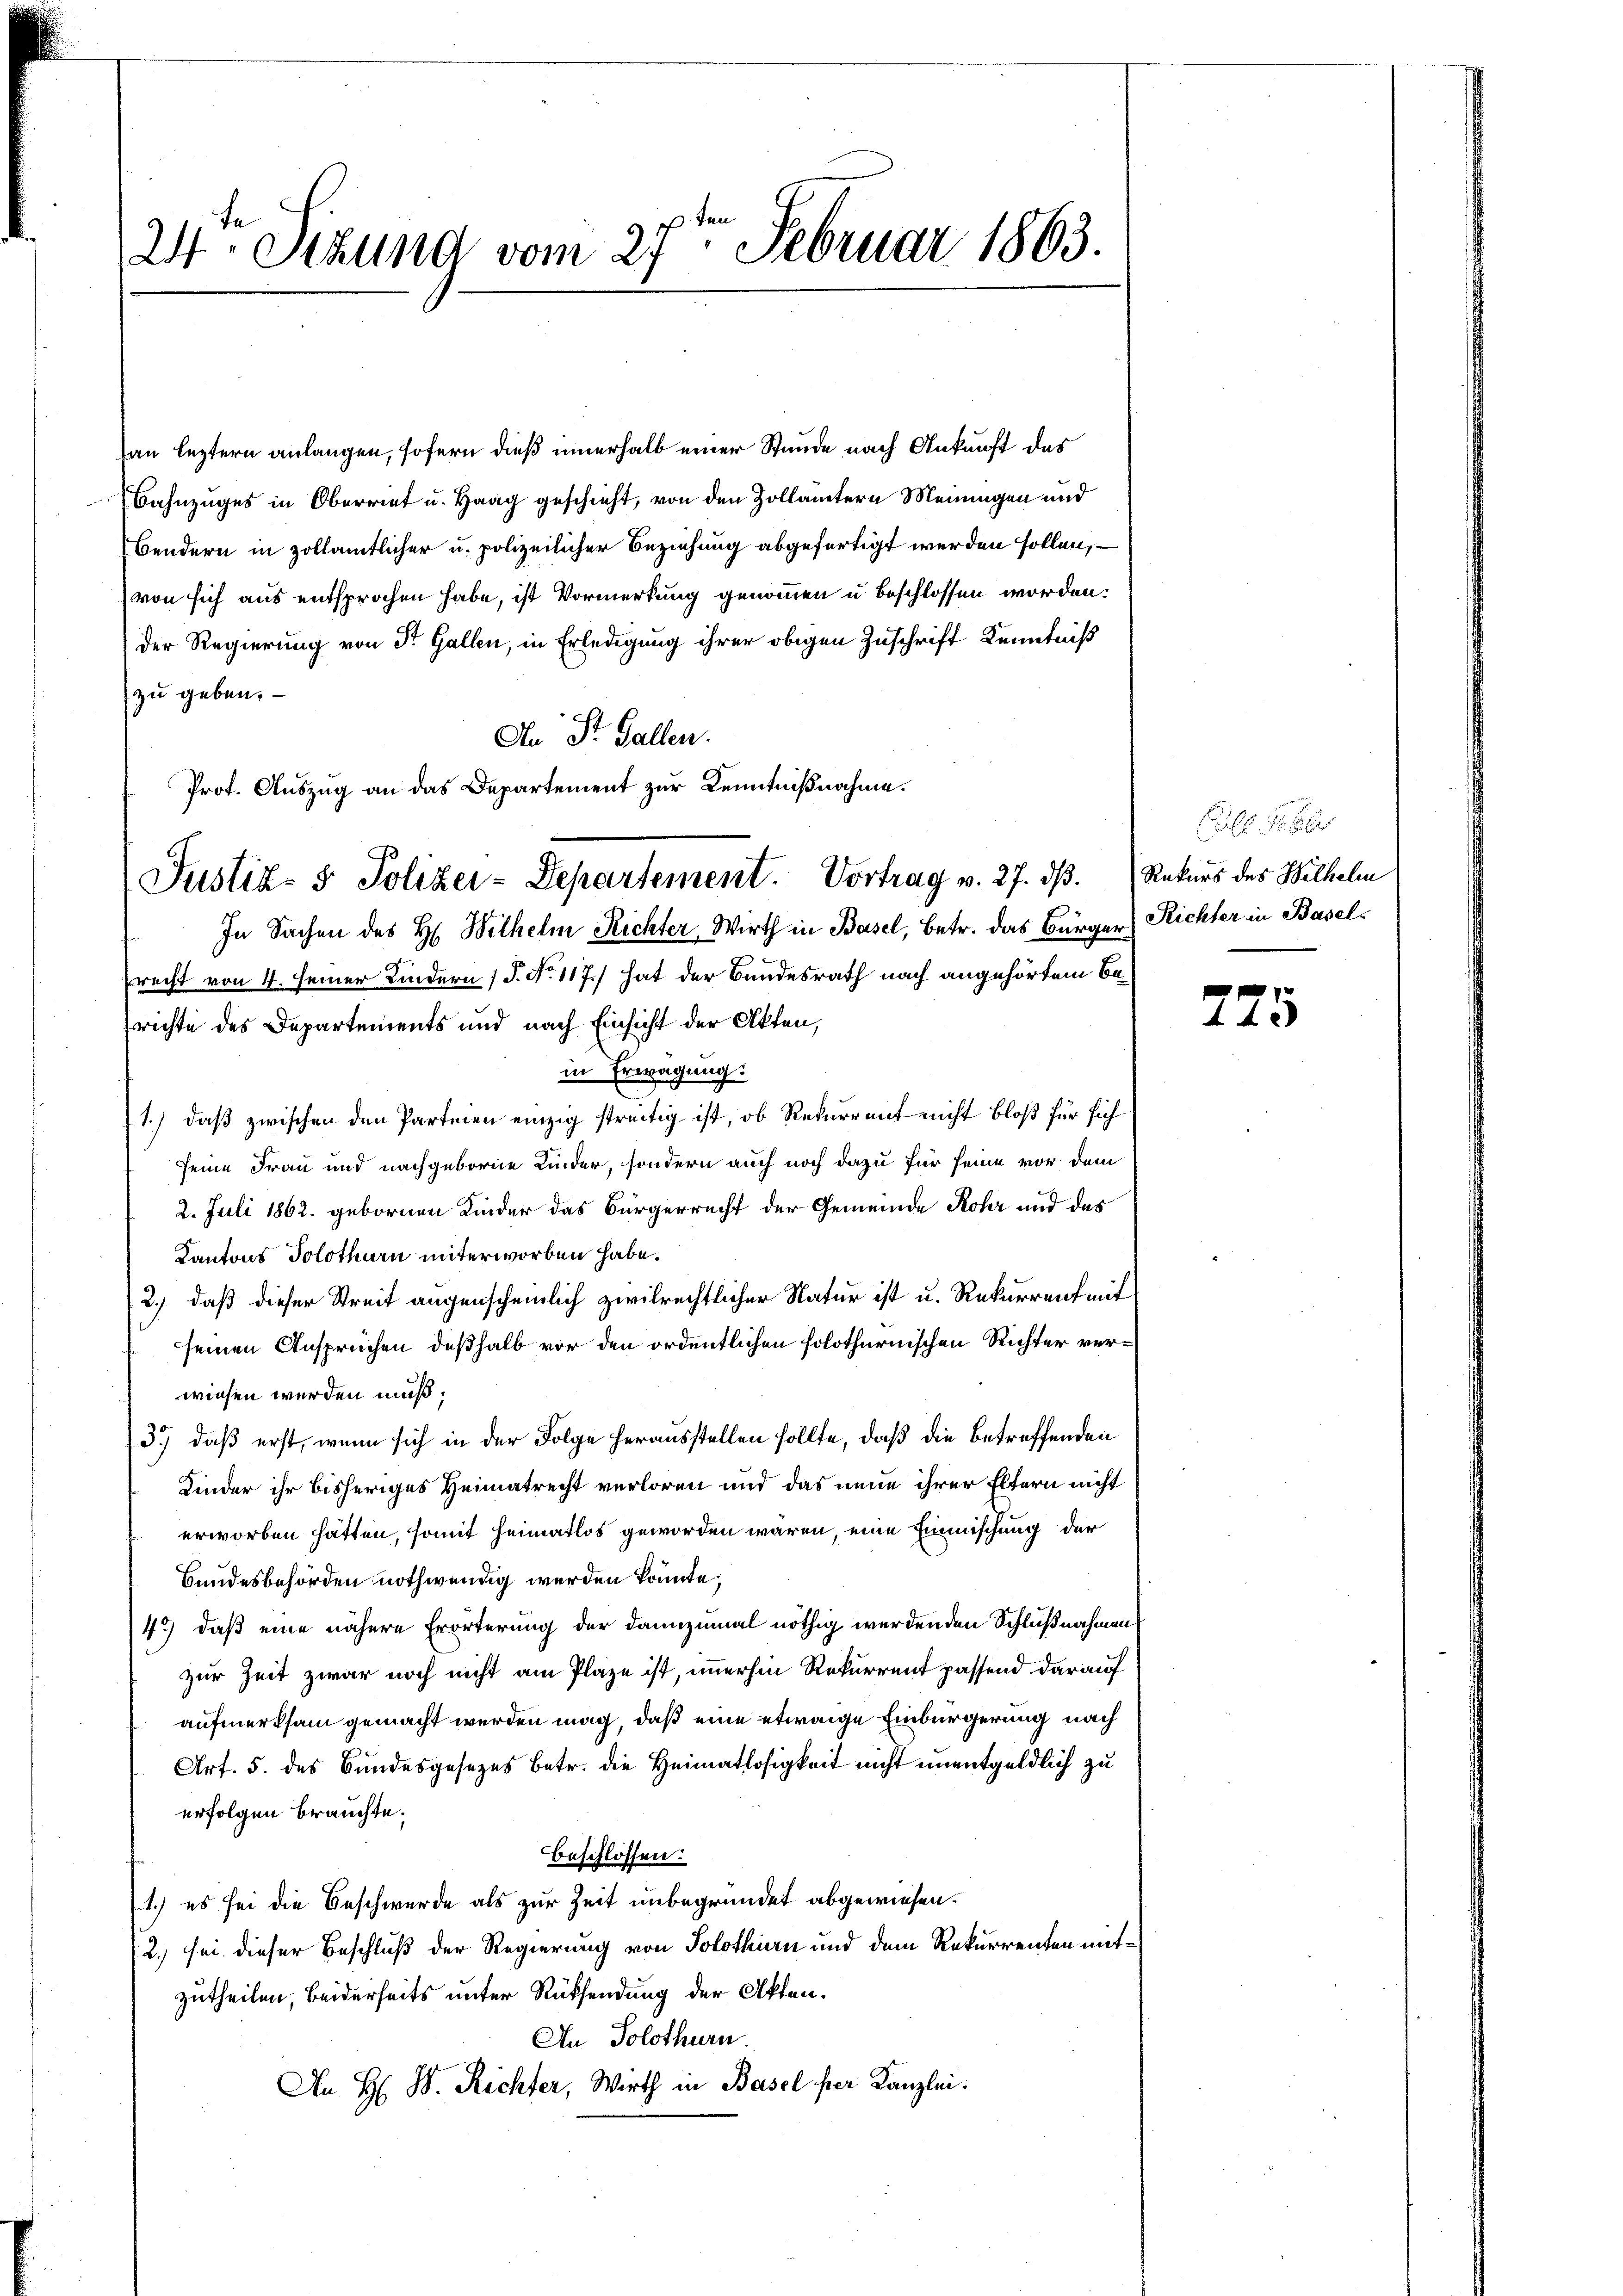
24. Stzung vom 27te͇n Februar 1863.

an leztern anlangen, sofern dieß innerhalb einer Stunde nach Ankunft des
Bahnzuges in Oberriet u. Haag geschieht, von den Zollämtern Meinungen und
bendern in zollamtlicher u. polizeilicher Beziehung abgefertigt werden sollen, –
von sich aus entsprochen habe, ist Vormerkung genommen u beschlossen worden:
der Regierung von Dr. Gallen, in Erledigung ihrer obigen Zuschrift Kenntniß
zu geben.
An St. Gallen.
Prot. Auszug an das Departement zur Kenntnißnahme.
Erecht von 4. seiner Kindern (§. No. 117.) hat der Bundesrath nach angehörtem Berichte des Departements und nach Einsicht der Akten,
in Erwägung.
1.) daß zwischen den Parteien einzig streitig ist, ob Rekurrent nicht bloß für sich
seine Frau und nachgeborne Kinder, sondern auch noch dazu für seine vor dem
2. Juli 1862. gebornen Kinder das Bürgerrecht der Gemeinde Rohr und des
Kantons Solothurn unterworben habe.
2.) daß dieser Streit augenscheinlich zivilrechtlicher Natur ist u. Rekurrent mit
seinen Ansprüchen deßhalb vor den ordentlichen solothurnischen Richter verwiesen werden muß;
3.) daß erst, wenn sich in der Folge herausstellen sollte, daß die betreffenden
Kinder ihr bisheriges Heimatrecht verloren und das neue ihrer Eltern nicht
erworben hätten, somit Heimatlos geworden wären, eine Einmischung der
Bundesbehörden nothwendig werden könnte.
45) daß eine nähere Erörterung der dannzumal nöthig werdenden Schlußnahmen
zur Zeit zwar noch nicht am Plaze ist, immerhin Rekurrent passend darauf
aufmerksam gemacht werden mag, daß eine etwaige Einbürgerung nach
Art. 5. des Bundesgesezes betr. die Heimatlosigkeit nicht unentgeldlich zu
erfolgen brauchte.
beschlossen:
1.) es sei die Beschwerde als zur Zeit unbegründet abgewiesen.
(2.) sei dieser Beschluß der Regierung von Solothurn und dem Rekurrenten mitzutheilen, beiderseits unter Rücksendung der Akten.
An Solothurn.
An H: B. Richter, Wirth in Basel her Kanzlei.

Justiz- & Polizei-Departement. Vortrag v. 27. dβ. Rekurs des Wilhelm
In Sachen des H. Wilhelm Richter, Wirth in Basel, Betr. das Bürger Richter in Basel¬

ull. S. 6

775